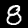
Label: 8